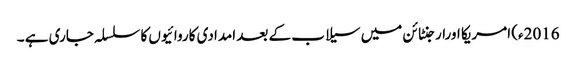
2016ء) امریکا اورارجنٹائن میں سیلاب کے بعد امدادی کاروائیوں کا سلسلہ جاری ہے ۔